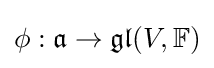
\phi :{\mathfrak {a}}\to {\mathfrak {gl}}(V,\mathbb {F} )